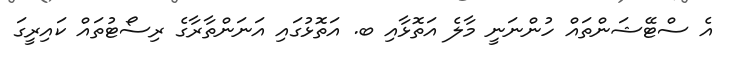
އެ ސްޓޭޝަންތައް ހުންނަނީ މާލެ އަތޮޅާއި ބ. އަތޮޅުގައި އަނަންތާރާގެ ރިސޯޓުތައް ކައިރީގަ